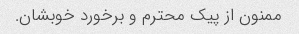
ممنون از پیک محترم و برخورد خوبشان.